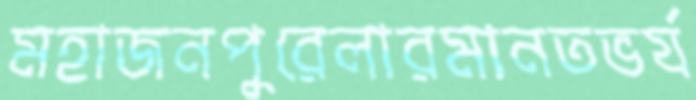
মহাজনপুরেলারমানতভর‍্য